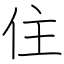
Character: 住